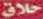
خلاق